Report of an investigation of the epidemic of malarial fever in Assam, or, kala-azar
Disease focus: Malaria
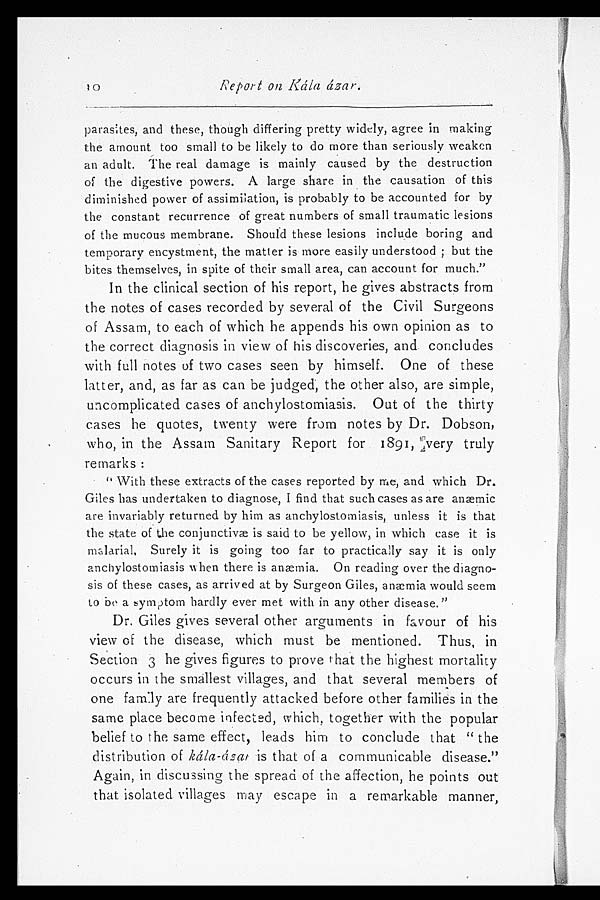
Report on kála ázar.
parasites, and these, though differing pretty widely, agree in making
the amount too small to be likely to do more than seriously weaken
an adult. The real damage is mainly caused by the destruction
of the digestive powers. A large share in the causation of this
diminished power of assimilation, is probably to be accounted for by
the constant recurrence of great numbers of small traumatic lesions
of the mucous membrane. Should these lesions include boring and
temporary encystment, the matter is more easily understood ; but the
bites themselves, in spite of their small area, can account for much."
In the clinical section of his report, he gives abstracts from
the notes of cases recorded by several of the Civil Surgeons
of Assam, to each of which he appends his own opinion as to
the correct diagnosis in view of his discoveries, and concludes
with full notes of two cases seen by himself. One of these
latter, and, as far as can be judged, the other also, are simple,
uncomplicated cases of anchylostomiasis. Out of the thirty
cases he quotes, twenty were from notes by Dr. Dobson,
who, in the Assam Sanitary Report for 1891, very truly
remarks :
" With these extracts of the cases reported by me, and which Dr.
Giles has undertaken to diagnose, I find that such cases as are anæmic
are invariably returned by him as anchylostomiasis, unless it is that
the state of the conjunctivæ is said to be yellow, in which case it is
malarial, Surely it is going too far to practically say it is only
anchylostomiasis w hen there is anæmia. On reading over the diagno-
sis of these cases, as arrived at by Surgeon Giles, anæmia would seem
to be a symptom hardly ever met with in any other disease."
Dr. Giles gives several other arguments in favour of his
view of the disease, which must be mentioned. Thus, in
Section 3h e g i v e s f i g u r e s t o p r o v e t h a t t h e h i g h e s t m o r t a l i t y
occurs in the smallest villages, and that several members of
one family are frequently attacked before other families in the
same place become infected, which, together with the popular
belief to the same effect, leads him to conclude that " the
distribution of kála-ázar is that of a communicable disease."
Again, in discussing the spread of the affection, he points out
that isolated villages may escape in a remarkable manner,
1 0